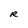
Character: R